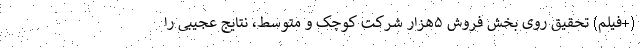
(+فیلم) تحقیق روی بخش فروش ۵هزار شرکت کوچک و متوسط، نتایج عجیبی را